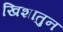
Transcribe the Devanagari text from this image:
खिशातुन